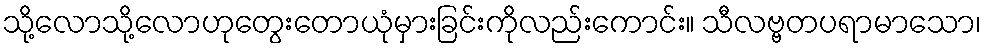
သို့လောသို့လောဟုတွေးတောယုံမှားခြင်းကိုလည်းကောင်း။ သီလဗ္ဗတပရာမာသော၊